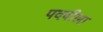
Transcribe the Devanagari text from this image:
पदवीला